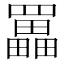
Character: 𦌵